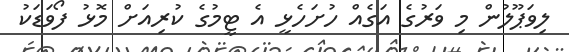
ލިވަޕޫލުން މި ވަރުގެ އަގެއް ހުށަހެޅީ އެ ޓީމުގެ ކުރިއަށް މޮޅު ފޯވަޑަކު